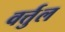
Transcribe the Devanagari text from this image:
वर्त्तुल